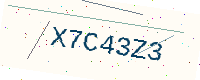
Text: X7C43Z3